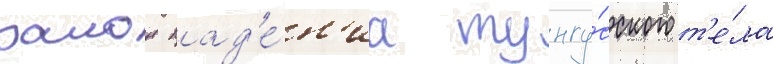
раион пад'е́н'иа тунгу́сского т'е́ла